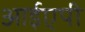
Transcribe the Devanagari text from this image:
आईएपी